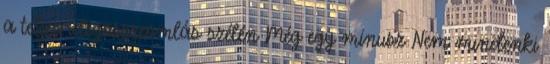
a teljes idegösszeomlás szélén Még egy mínusz Nem mindenki